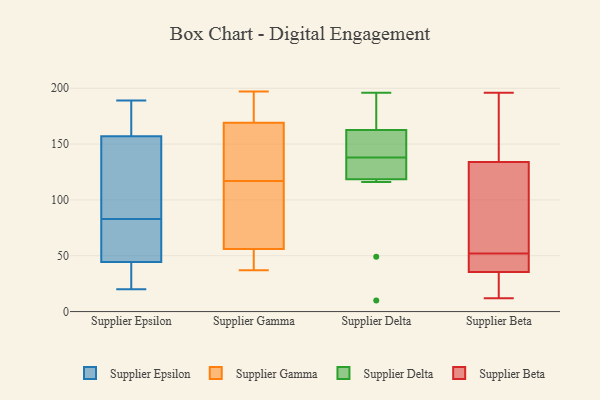
{"axis": {"x": "Bounce Rate (%)", "y": "Value"}, "legend": ["Supplier Beta", "Supplier Delta", "Supplier Epsilon", "Supplier Gamma"], "data": [{"x": "", "y": 86, "type": "Supplier Epsilon"}, {"x": "", "y": 132, "type": "Supplier Epsilon"}, {"x": "", "y": 182, "type": "Supplier Epsilon"}, {"x": "", "y": 50, "type": "Supplier Epsilon"}, {"x": "", "y": 186, "type": "Supplier Epsilon"}, {"x": "", "y": 85, "type": "Supplier Epsilon"}, {"x": "", "y": 39, "type": "Supplier Epsilon"}, {"x": "", "y": 81, "type": "Supplier Epsilon"}, {"x": "", "y": 189, "type": "Supplier Epsilon"}, {"x": "", "y": 23, "type": "Supplier Epsilon"}, {"x": "", "y": 20, "type": "Supplier Epsilon"}, {"x": "", "y": 68, "type": "Supplier Epsilon"}, {"x": "", "y": 51, "type": "Supplier Gamma"}, {"x": "", "y": 57, "type": "Supplier Gamma"}, {"x": "", "y": 56, "type": "Supplier Gamma"}, {"x": "", "y": 97, "type": "Supplier Gamma"}, {"x": "", "y": 169, "type": "Supplier Gamma"}, {"x": "", "y": 197, "type": "Supplier Gamma"}, {"x": "", "y": 164, "type": "Supplier Gamma"}, {"x": "", "y": 191, "type": "Supplier Gamma"}, {"x": "", "y": 137, "type": "Supplier Gamma"}, {"x": "", "y": 37, "type": "Supplier Gamma"}, {"x": "", "y": 10, "type": "Supplier Delta"}, {"x": "", "y": 194, "type": "Supplier Delta"}, {"x": "", "y": 116, "type": "Supplier Delta"}, {"x": "", "y": 139, "type": "Supplier Delta"}, {"x": "", "y": 168, "type": "Supplier Delta"}, {"x": "", "y": 126, "type": "Supplier Delta"}, {"x": "", "y": 146, "type": "Supplier Delta"}, {"x": "", "y": 138, "type": "Supplier Delta"}, {"x": "", "y": 196, "type": "Supplier Delta"}, {"x": "", "y": 134, "type": "Supplier Delta"}, {"x": "", "y": 49, "type": "Supplier Delta"}, {"x": "", "y": 32, "type": "Supplier Beta"}, {"x": "", "y": 29, "type": "Supplier Beta"}, {"x": "", "y": 29, "type": "Supplier Beta"}, {"x": "", "y": 92, "type": "Supplier Beta"}, {"x": "", "y": 79, "type": "Supplier Beta"}, {"x": "", "y": 196, "type": "Supplier Beta"}, {"x": "", "y": 52, "type": "Supplier Beta"}, {"x": "", "y": 45, "type": "Supplier Beta"}, {"x": "", "y": 186, "type": "Supplier Beta"}, {"x": "", "y": 43, "type": "Supplier Beta"}, {"x": "", "y": 128, "type": "Supplier Beta"}, {"x": "", "y": 164, "type": "Supplier Beta"}, {"x": "", "y": 154, "type": "Supplier Beta"}, {"x": "", "y": 136, "type": "Supplier Beta"}, {"x": "", "y": 45, "type": "Supplier Beta"}, {"x": "", "y": 126, "type": "Supplier Beta"}, {"x": "", "y": 37, "type": "Supplier Beta"}, {"x": "", "y": 12, "type": "Supplier Beta"}, {"x": "", "y": 35, "type": "Supplier Beta"}]}